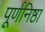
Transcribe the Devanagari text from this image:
पूर्णनिष्ठा